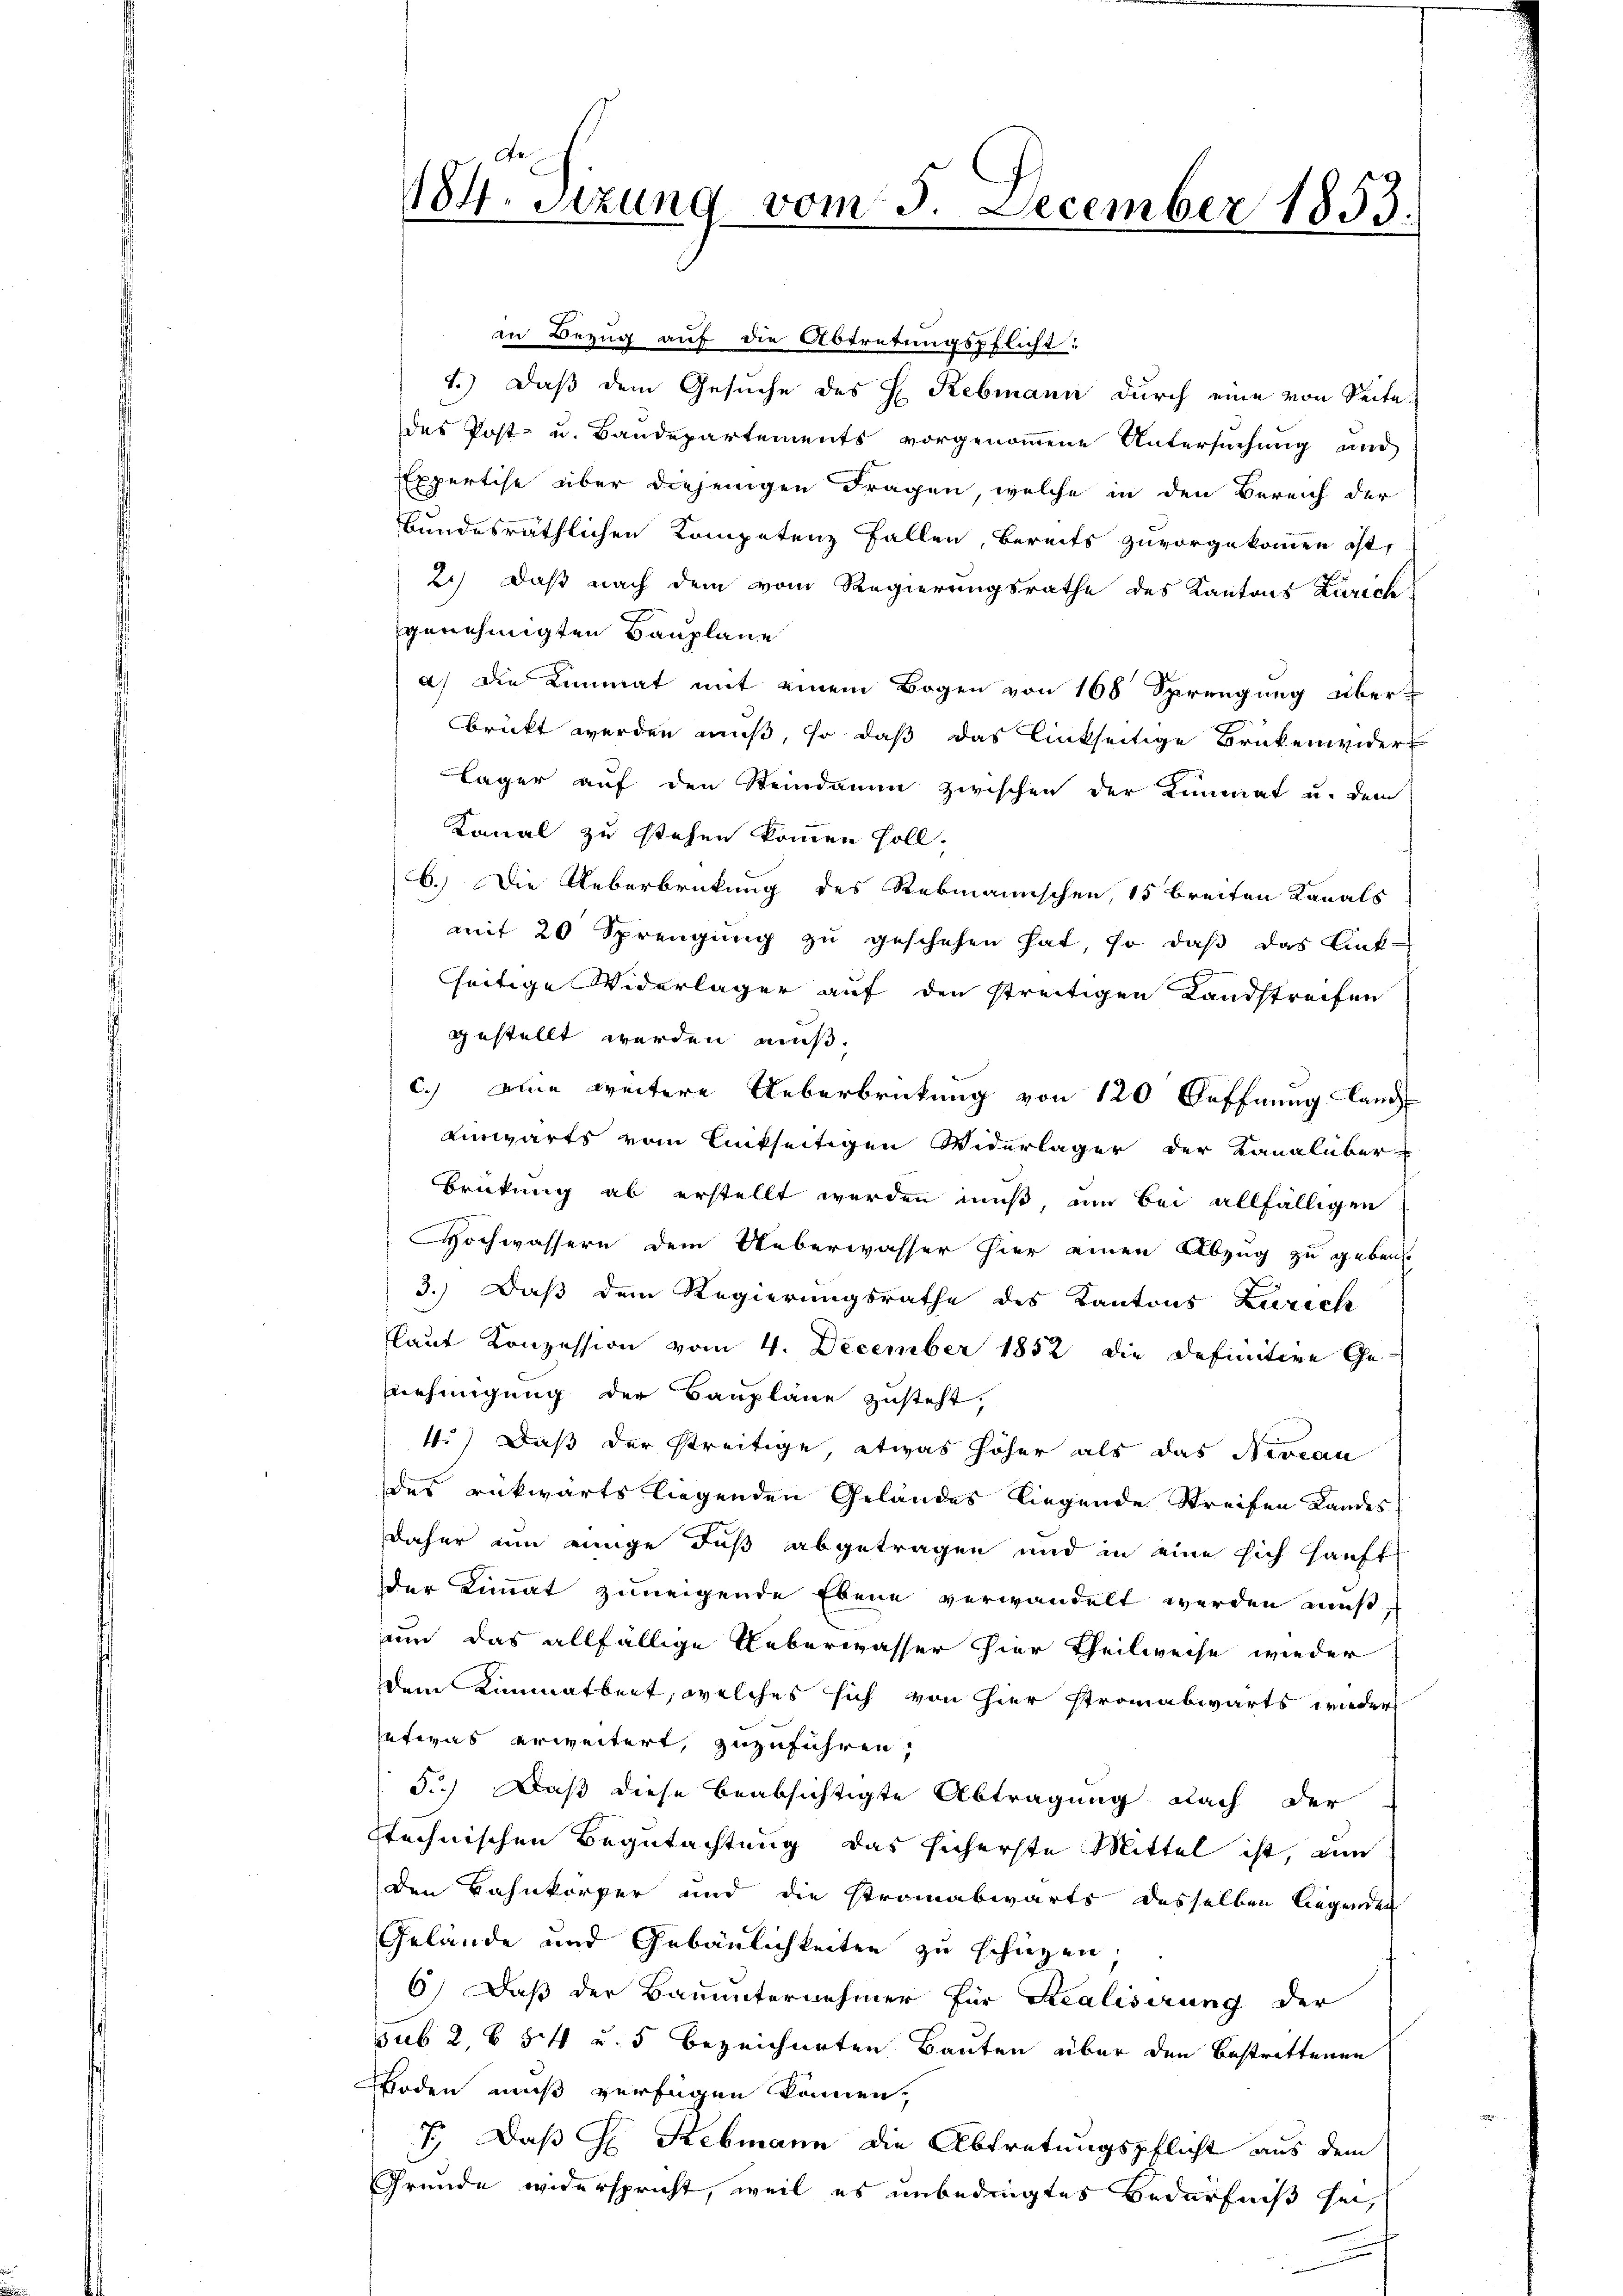
184. Sitzung vom 3. December 1853.

an Bezug auf die Abtretungspflicht:
1.) Daß dem Gesuche des H. Rebmann durch eine von Seite
des Post- u. Bandepartements vorgenommene Untersuchung und
Expertise über diejenigen Fragen, welche in den Bereich der
bundesräthlichen Kompetenz fallen, bereits zuvorgekommen ist,
2.) Daß nach dem vom Regierungsrathe des Kantons Zürich
genehmigten Bauplane
a) Die Limmat mit einem Bogen von 168 Sprengung über-
brückt werden muß, so daß das linkseitige Brükenwider-
Läger auf den Steindamm zwischen der Limmat u. dem
Kanal zu stehen kommen soll.
6.) Die Ueberbrückung des Rebmannschen, 15 breiten Kanals
mit 20 Sprengung zu geschehen hat, so daß das Ant-
seitige Widerlager auf den streitigen Landstreifen
gestellt werden muß.
c.) eine weitere Ueberbrückung von 120 Oeffnung lang
einwärts vom linkseitigen Widerlager der Kanalüber-
Brückung ab erstellt werden muß, um bei allfälligen
Hochwassern dem Ueberwasser hier einen Abzug zu geben
3.) Daß dem Regierungsrathe des Kantons Zürich
laut Konzession vom 4. December 1852 die Definitive Genehmigung der Baupläne zusteht,
4.) Daß der streitige etwas höher als das Niveau
des rückwärts liegenden Gelandes liegende Streifen Landes
daher um einige daß abgetragen und in eine sich häuft
der Limmat zuneigende Ebene verwandelt werden muß,
nun das allfällige Ueberwasser hier Theilweise wieder
dem Limmatbeit, welches sich von hier stromabwärts wieder
etwas erweitert, zuzuführen,
5.) Daß diese beabsichtigte Abtragung nach der
stechnischen Begutachtung das sicherste Mittel ist, an
den Bahnkörper und die Stromabwärts desselben liegenden
Gelände und Gebäulichkeiten zu schützen.
6.) Daß der Bauunternehmer für Scalisirung der
sub 2, 654 u. 5 bezeichneten Bauten über den Bestrittenen
Boden muß verfügen können,
7., Daß H. Rebmann die Abtretungspflicht aus dem
Gründe widerspricht, weil es unbedingtes Bedürfniß sei,